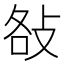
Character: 𢼛